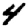
Digit: 4